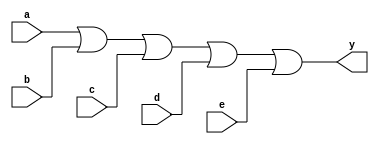
`timescale 1ns / 1ps
////////////////////////////////////////////////////////////////////////////////// 
// Module Name: xup_or5
//////////////////////////////////////////////////////////////////////////////////
module xup_or5 #(parameter DELAY = 3)(
    input a,
    input b,
    input c,
    input d,
    input e,
    output y
    );
    
    or #DELAY (y,a,b,c,d,e);
    
endmodule